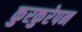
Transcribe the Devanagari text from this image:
कुरकुरेपन